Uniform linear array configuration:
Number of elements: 48
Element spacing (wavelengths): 0.5
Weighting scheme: blackman
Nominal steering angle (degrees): -60
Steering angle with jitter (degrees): -59.28
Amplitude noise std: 0.05
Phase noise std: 0.05

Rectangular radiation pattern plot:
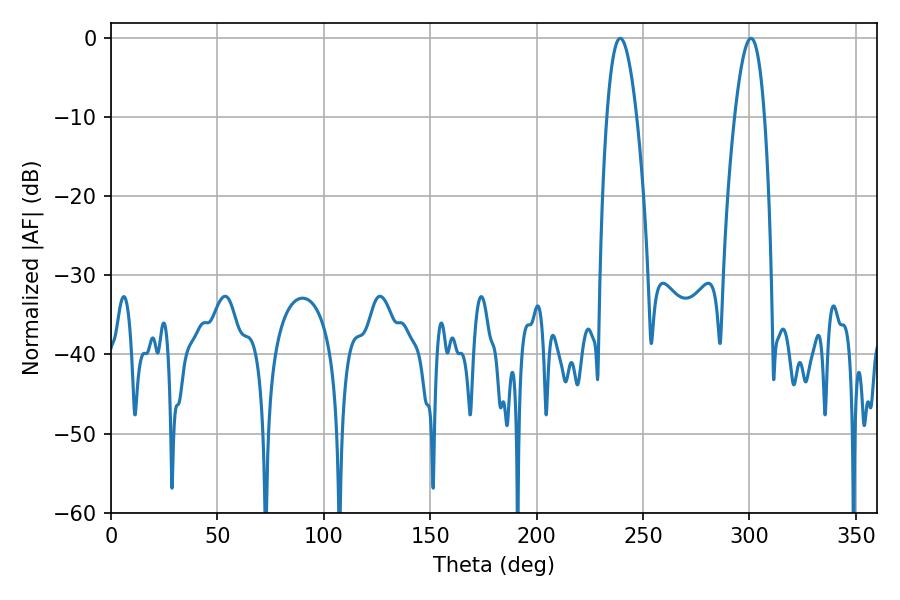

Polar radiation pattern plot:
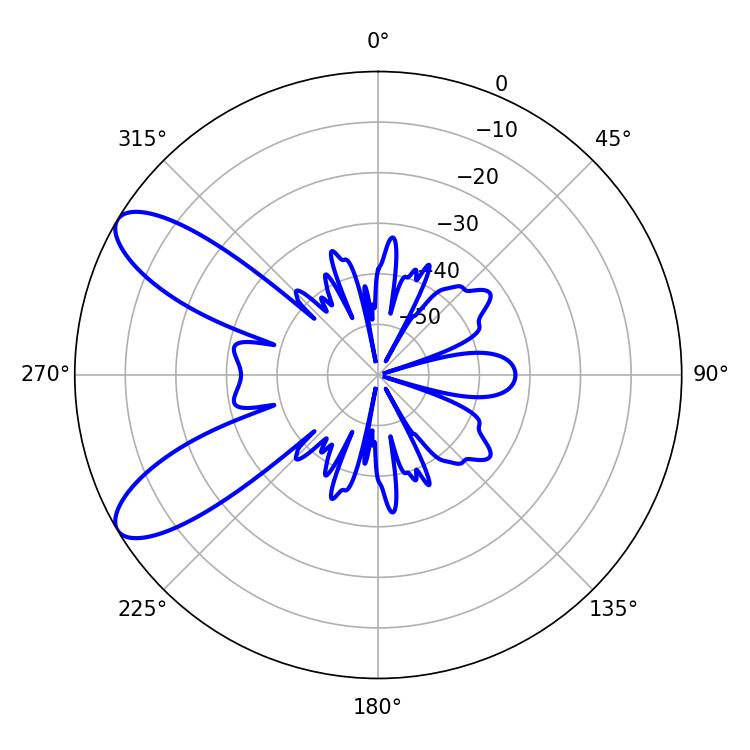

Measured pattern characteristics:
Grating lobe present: FALSE
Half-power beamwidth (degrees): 7.74
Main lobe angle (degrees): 239.22